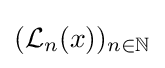
{\textstyle ({\mathcal {L}}_{n}(x))_{n\in \mathbb {N} }}